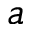
a